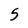
Character: 5